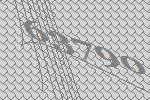
63790